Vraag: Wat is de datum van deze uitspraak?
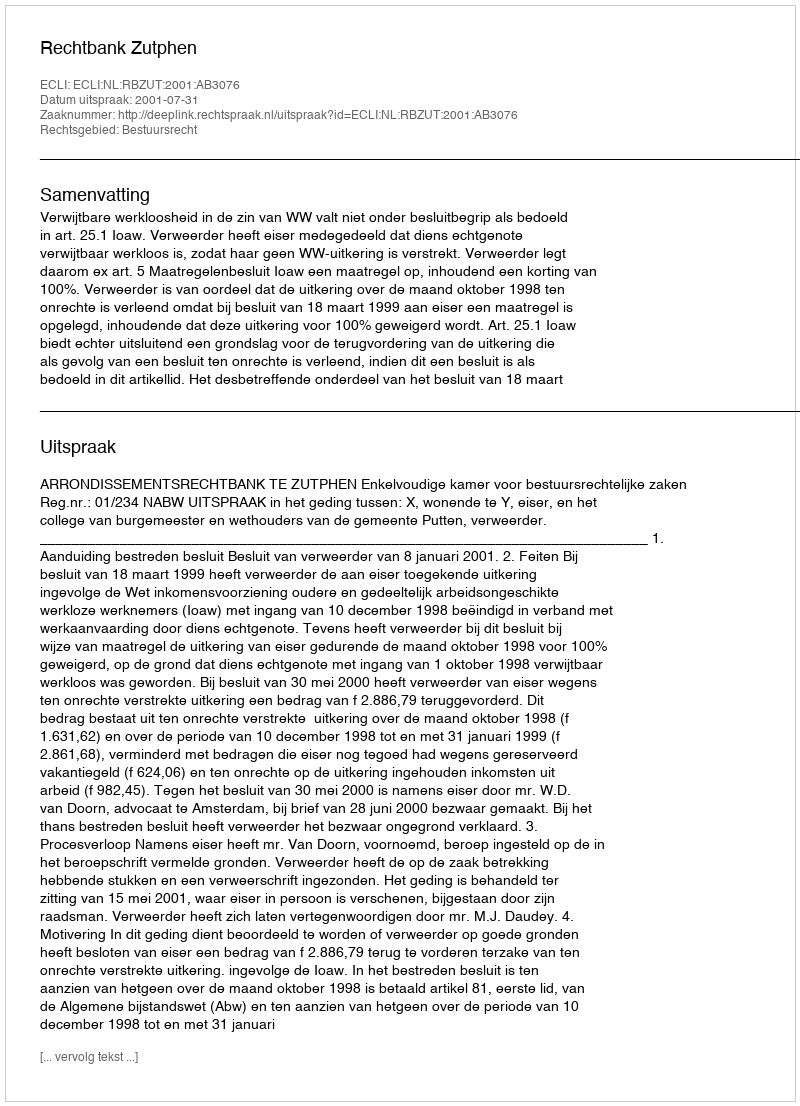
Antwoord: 2001-07-31